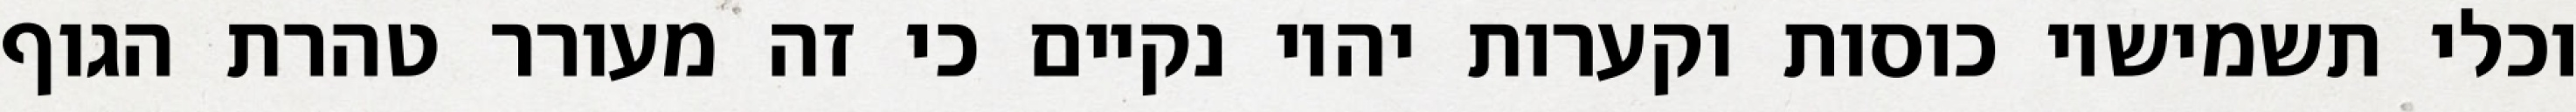
וכלי תשמישיו כוסות וקערות יהיו נקיים כי זה מעורר טהרת הגוף